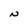
Character: N